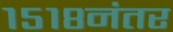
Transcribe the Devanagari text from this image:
१५१८नंतर